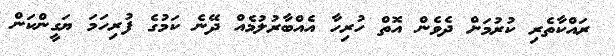
ރައްކާތެރި ކުރުމަށް ދެވެން އޮތް ހުރިހާ އެއްބާރުލުމެއް ދޭނެ ކަމުގެ ފުރިހަމަ ޔަގީންކަން